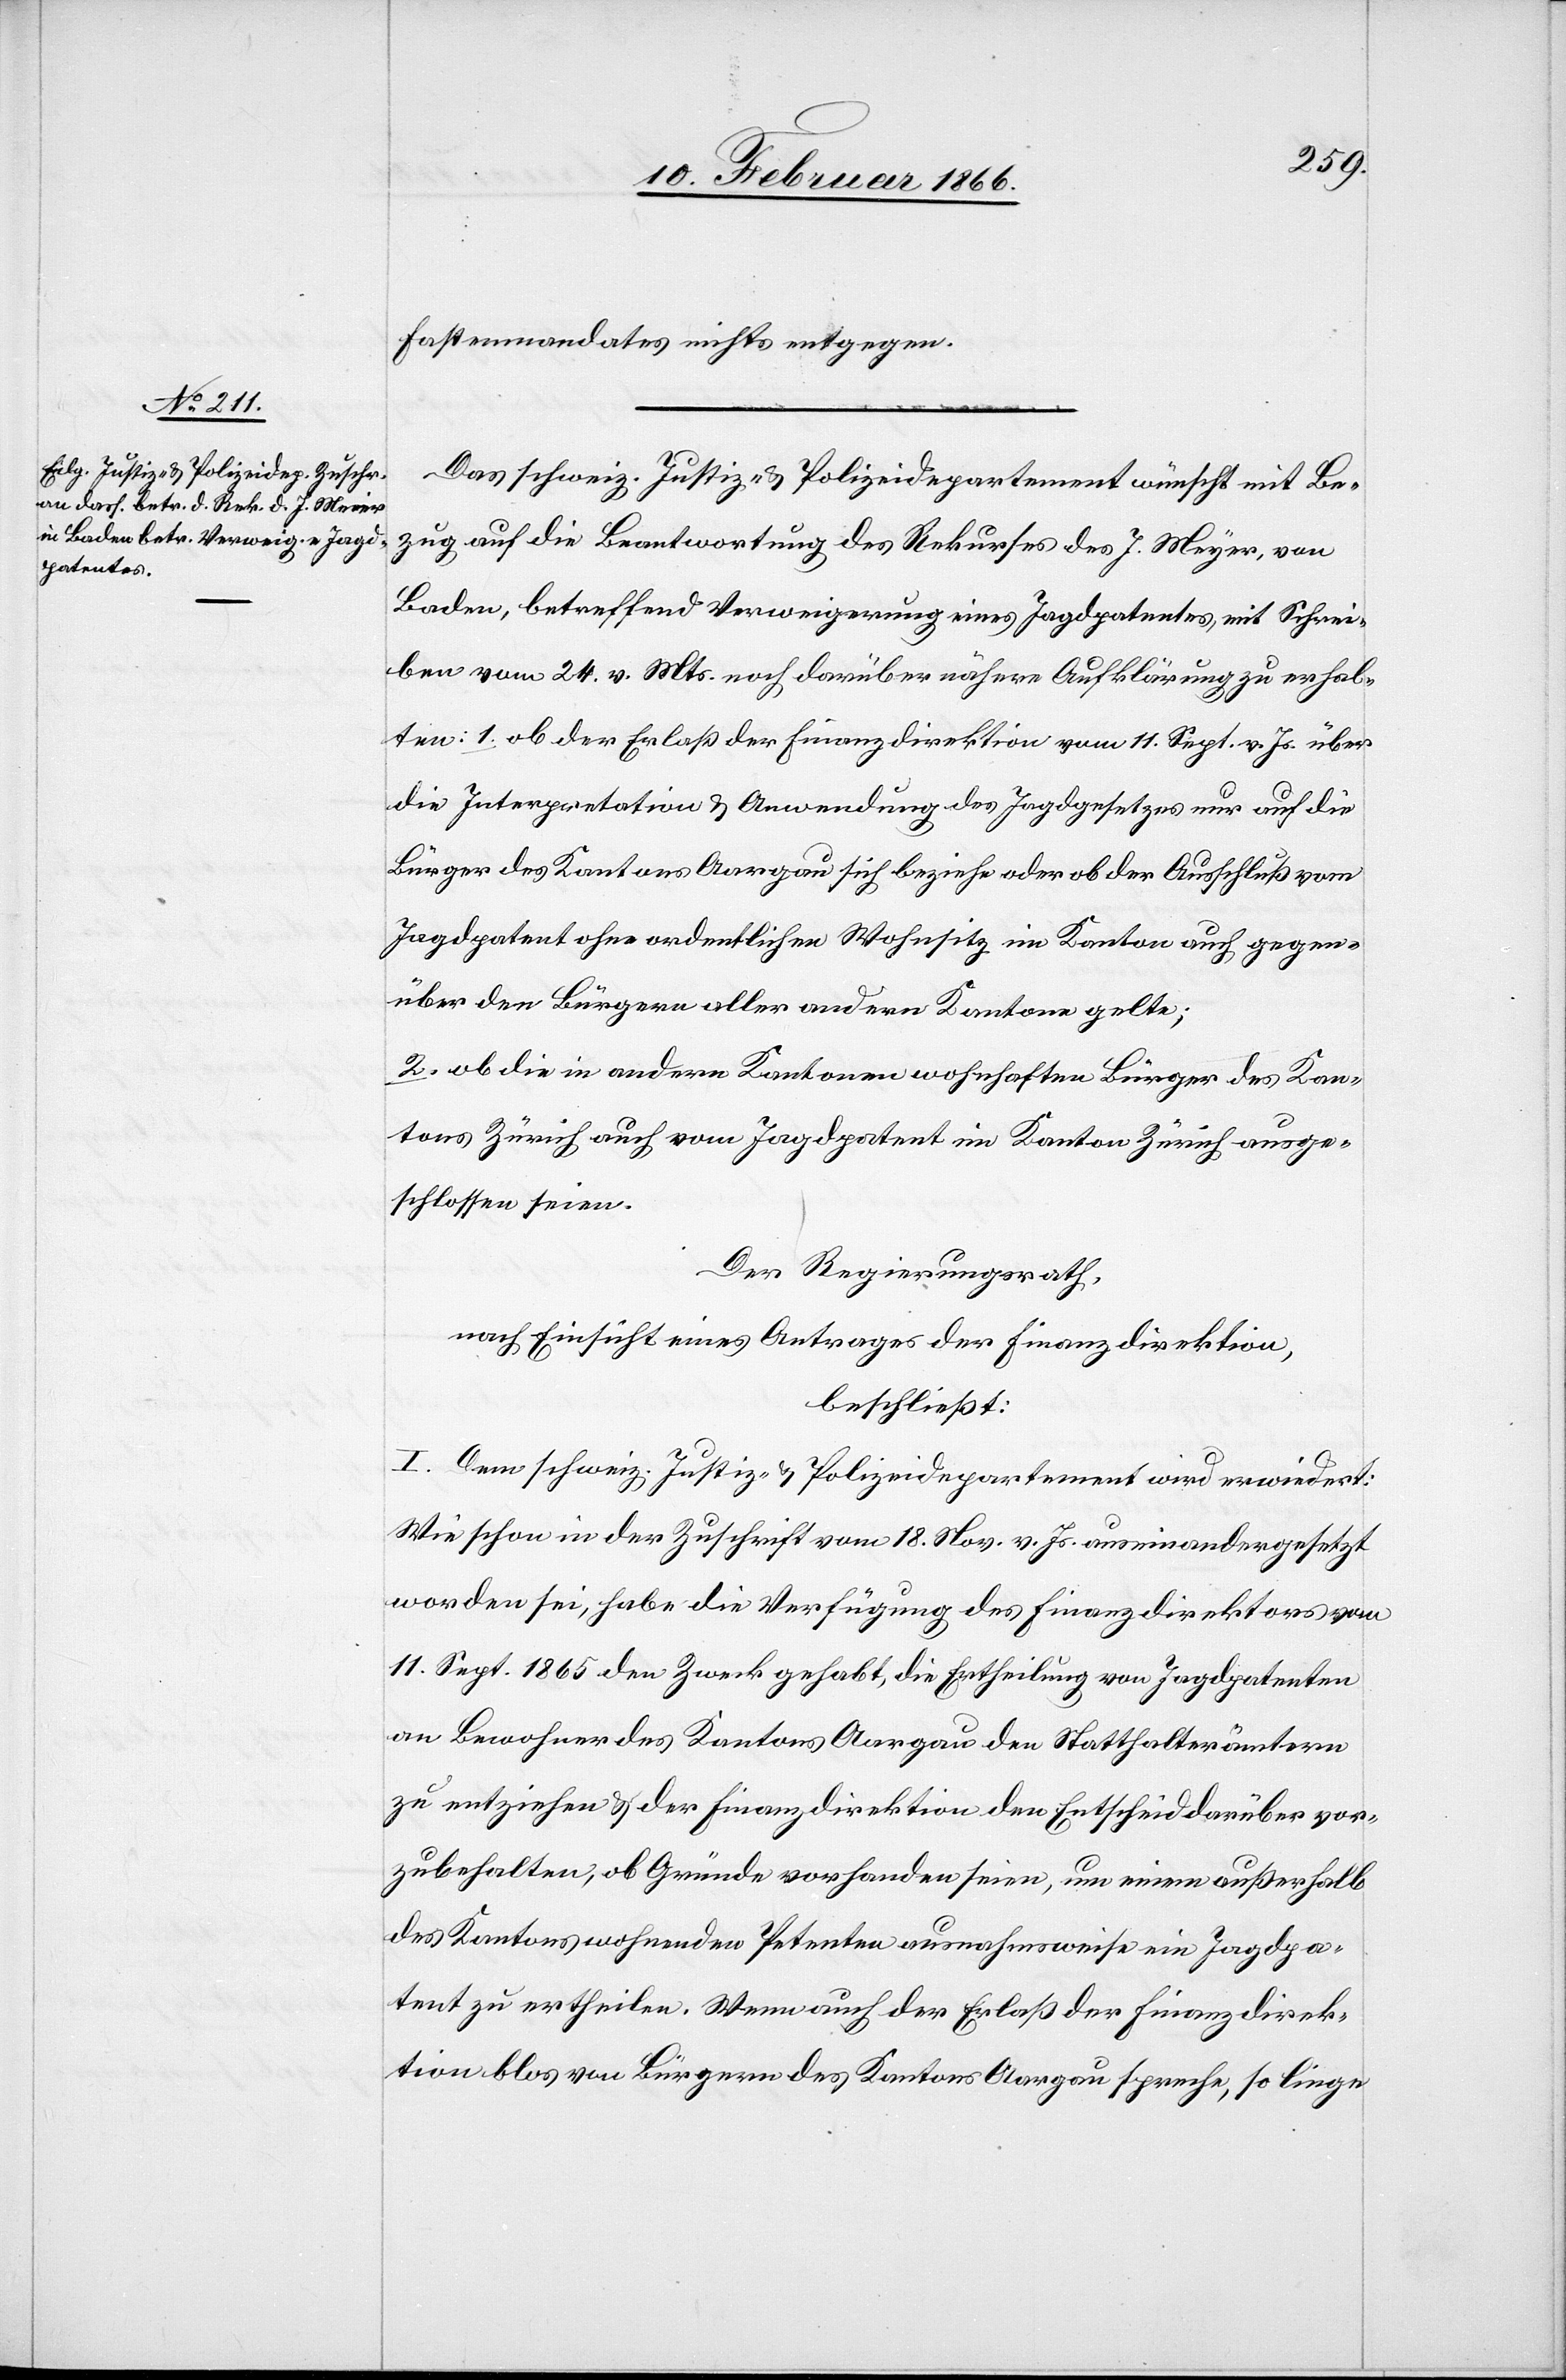
Kostenmandates nichts entgegen.
Das schweiz. Justiz- u. Polizeidepartement wünscht mit Be¬
zug auf die Beantwortung des Rekurses des. J. Meyer, von
Baden, betreffend Verweigerung eines Jagdpatentes, mit Schrei¬
ben vom 24. v. Mts. noch darüber nähere Aufklärung zu erhal¬
ten: 1. ob der Erlaß der Finanzdirektion vom 11. Sept. v. Js. über
die Interpretation u. Anwendung des Jagdgesetzes nur auf die
Bürger des Kantons Aargau sich beziehe oder ob der Ausschluß vom
Jagdpatent ohne ordentlichen Wohnsitz im Kanton auch gegen¬
über den Bürgern aller andern Kantone gelte;
2. ob die in andern Kantonen wohnhaften Bürger des Kan¬
tons Zürich auch vom Jagdpatent im Kanton Zürich ausge¬
schlossen seien.
Der Regierungsrath,
nach Einsicht eines Antrages der Finanzdirektion,
beschließt:
I. Dem schweiz. Justiz- u- Polizeidepartement wird erwiedert:
Wie schon in der Zuschrift vom 18. Nov. v. Js. auseinandergesetzt
worden sei, habe die Verfügung des Finanzdirektors vom
11. Sept. 1865 den Zweck gehabt, die Ertheilung von Jagdpatenten
an Bewohner des Kantons Aargau den Statthalterämtern
zu entziehen u. der Finanzdirektion den Entscheid darüber vor¬
zubehalten, ob Gründe vorhanden seien, um einem außerhalb
des Kantons wohnhaften Petenten ausnahmsweise ein Jagdpa¬
tent zu ertheilen. Wenn auch der Erlaß der Finanzdirek¬
tion blos von Bürgern des Kantons Aargau spreche, so liege